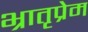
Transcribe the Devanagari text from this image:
भ्रातृप्रेम